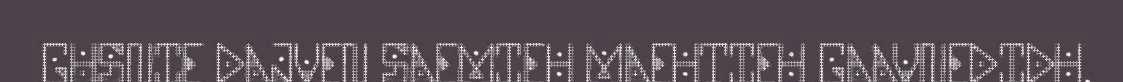
GUSNIE DAJVEN SAEMIEH MAEHTIEH GAAVNEDIDH.